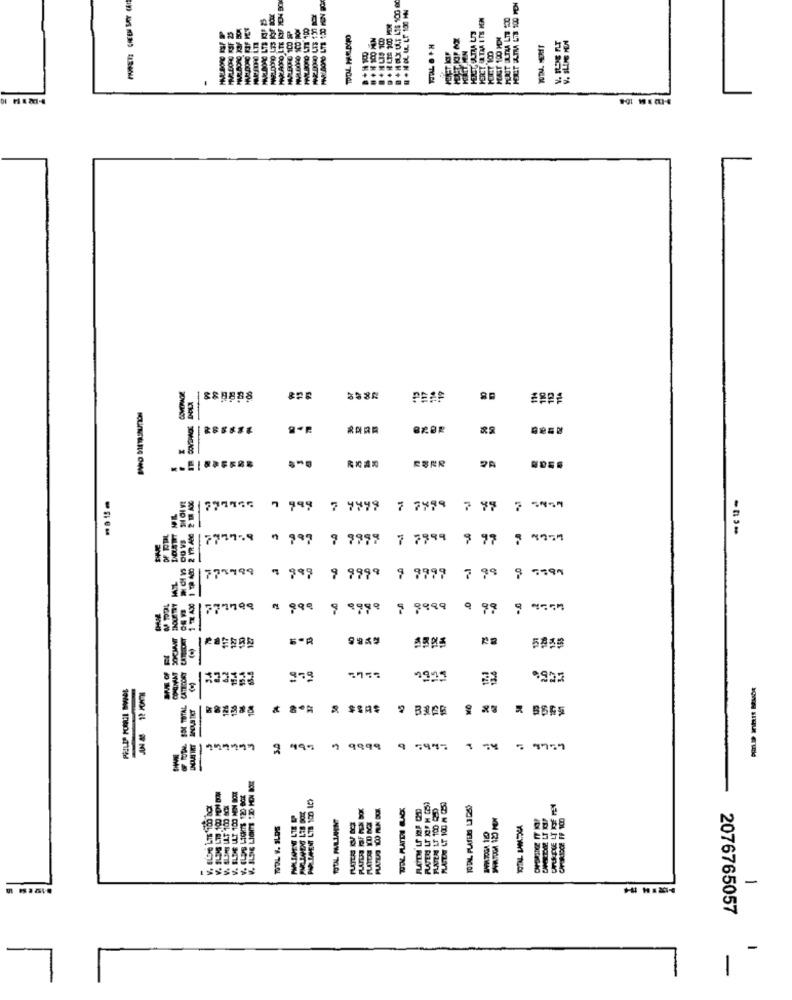
8
HAST 100 MEN
35
COVDRACK
RARR
REAR
7 999
7 9999 7 7889 7 97 7 5454
775758 0 997 9 9999 7 7999 9 97 7 4954
415 1 51 1 1111 1 8661 1 181 1 184111
777799
9 9999 9 9999
9 99 9 9554
SOCMANT
RL
6.2
979
OF TOTAL SOM TOTAL
al
=
3 995 7 9999 9 7997 1 74
-
18
90
5
-
2076765057
-
-